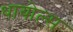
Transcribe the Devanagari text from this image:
थायोल्स